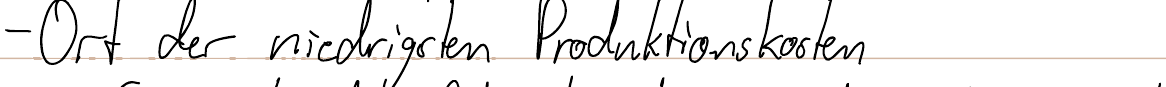
- Ort der niedrigsten Produktionskosten